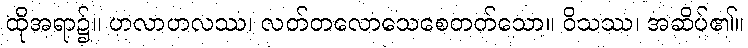
ထိုအရာ၌။ ဟလာဟလဿ၊ လတ်တလောသေစေတတ်သော။ ဝိသဿ၊ အဆိပ်၏။